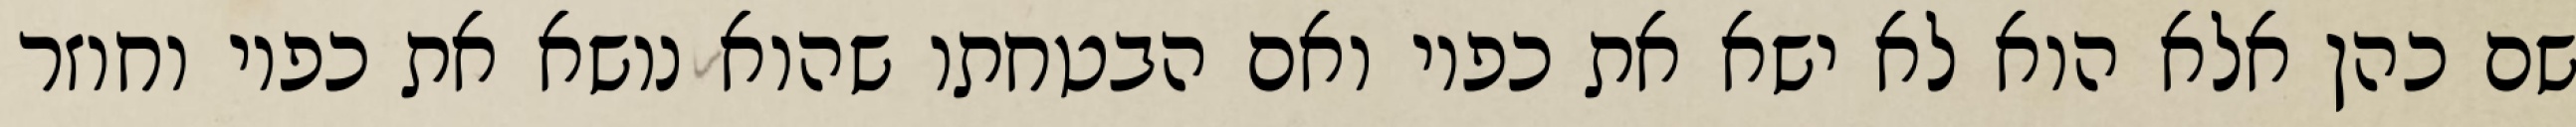
שם כהן אלא הוא לא ישא את כפיו ואם הבטחתו שהוא נושא את כפיו וחוזר